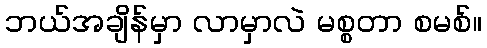
ဘယ်အချိန်မှာ လာမှာလဲ မစ္စတာ စမစ်။